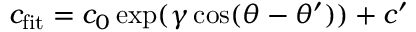
c _ { \mathrm { f i t } } = c _ { 0 } \exp ( \gamma \cos ( \theta - \theta ^ { \prime } ) ) + c ^ { \prime }